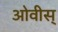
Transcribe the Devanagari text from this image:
ओवीस्